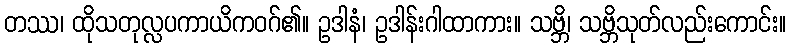
တဿ၊ ထိုသတုလ္လပကာယိကဝဂ်၏။ ဥဒါနံ၊ ဥဒါန်းဂါထာကား။ သဗ္ဘိ၊ သဗ္ဘိသုတ်လည်းကောင်း။